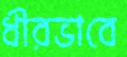
ধীরভাবে